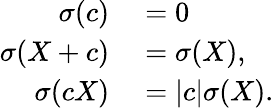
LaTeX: \begin{array}{rl}{\sigma(c)}&{{}=0}\\ {\sigma(X+c)}&{{}=\sigma(X),}\\ {\sigma(cX)}&{{}=|c|\sigma(X).}\end{array}